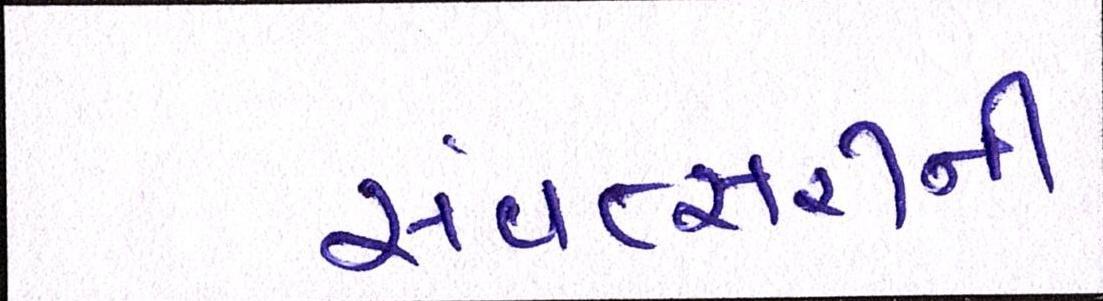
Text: સંવત્સરીની